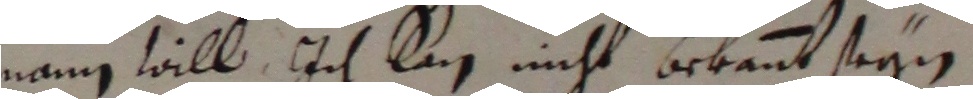
mann söll, ich lag nicht bekennt seyn